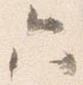
六